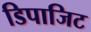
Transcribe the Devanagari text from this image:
डिपाजिट